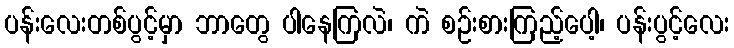
ပန်းလေးတစ်ပွင့်မှာ ဘာတွေ ပါနေကြလဲ၊ ကဲ စဉ်းစားကြည့်ပေါ့၊ ပန်းပွင့်လေး